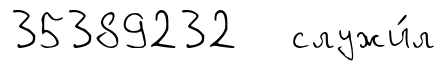
35389232 служи́л